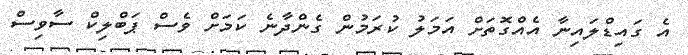
އެ ގައިޑްލައިނާ އެއްގޮތަށް އަމަލު ކުރަމުން ގެންދާނެ ކަމަށް ވެސް ޕަބްލިކް ސާވިސް